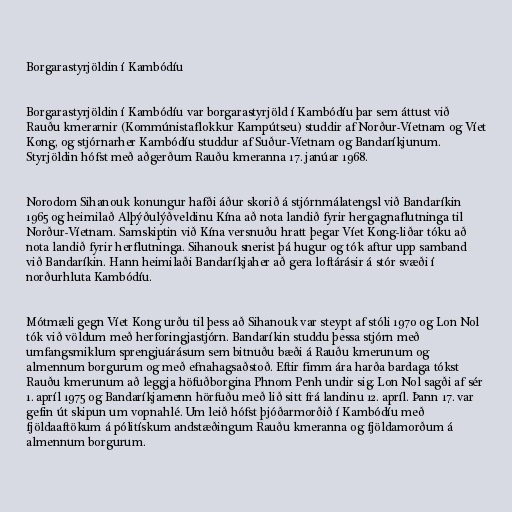
Borgarastyrjöldin í Kambódíu

Borgarastyrjöldin í Kambódíu var borgarastyrjöld í Kambódíu þar sem áttust við
Rauðu kmerarnir (Kommúnistaflokkur Kampútseu) studdir af Norður-Víetnam og Víet
Kong, og stjórnarher Kambódíu studdur af Suður-Víetnam og Bandaríkjunum.
Styrjöldin hófst með aðgerðum Rauðu kmeranna 17. janúar 1968.

Norodom Sihanouk konungur hafði áður skorið á stjórnmálatengsl við Bandaríkin
1965 og heimilað Alþýðulýðveldinu Kína að nota landið fyrir hergagnaflutninga til
Norður-Víetnam. Samskiptin við Kína versnuðu hratt þegar Víet Kong-liðar tóku að
nota landið fyrir herflutninga. Sihanouk snerist þá hugur og tók aftur upp samband
við Bandaríkin. Hann heimilaði Bandaríkjaher að gera loftárásir á stór svæði í
norðurhluta Kambódíu.

Mótmæli gegn Víet Kong urðu til þess að Sihanouk var steypt af stóli 1970 og Lon Nol
tók við völdum með herforingjastjórn. Bandaríkin studdu þessa stjórn með
umfangsmiklum sprengjuárásum sem bitnuðu bæði á Rauðu kmerunum og
almennum borgurum og með efnahagsaðstoð. Eftir fimm ára harða bardaga tókst
Rauðu kmerunum að leggja höfuðborgina Phnom Penh undir sig. Lon Nol sagði af sér
1. apríl 1975 og Bandaríkjamenn hörfuðu með lið sitt frá landinu 12. apríl. Þann 17. var
gefin út skipun um vopnahlé. Um leið hófst þjóðarmorðið í Kambódíu með
fjöldaaftökum á pólitískum andstæðingum Rauðu kmeranna og fjöldamorðum á
almennum borgurum.